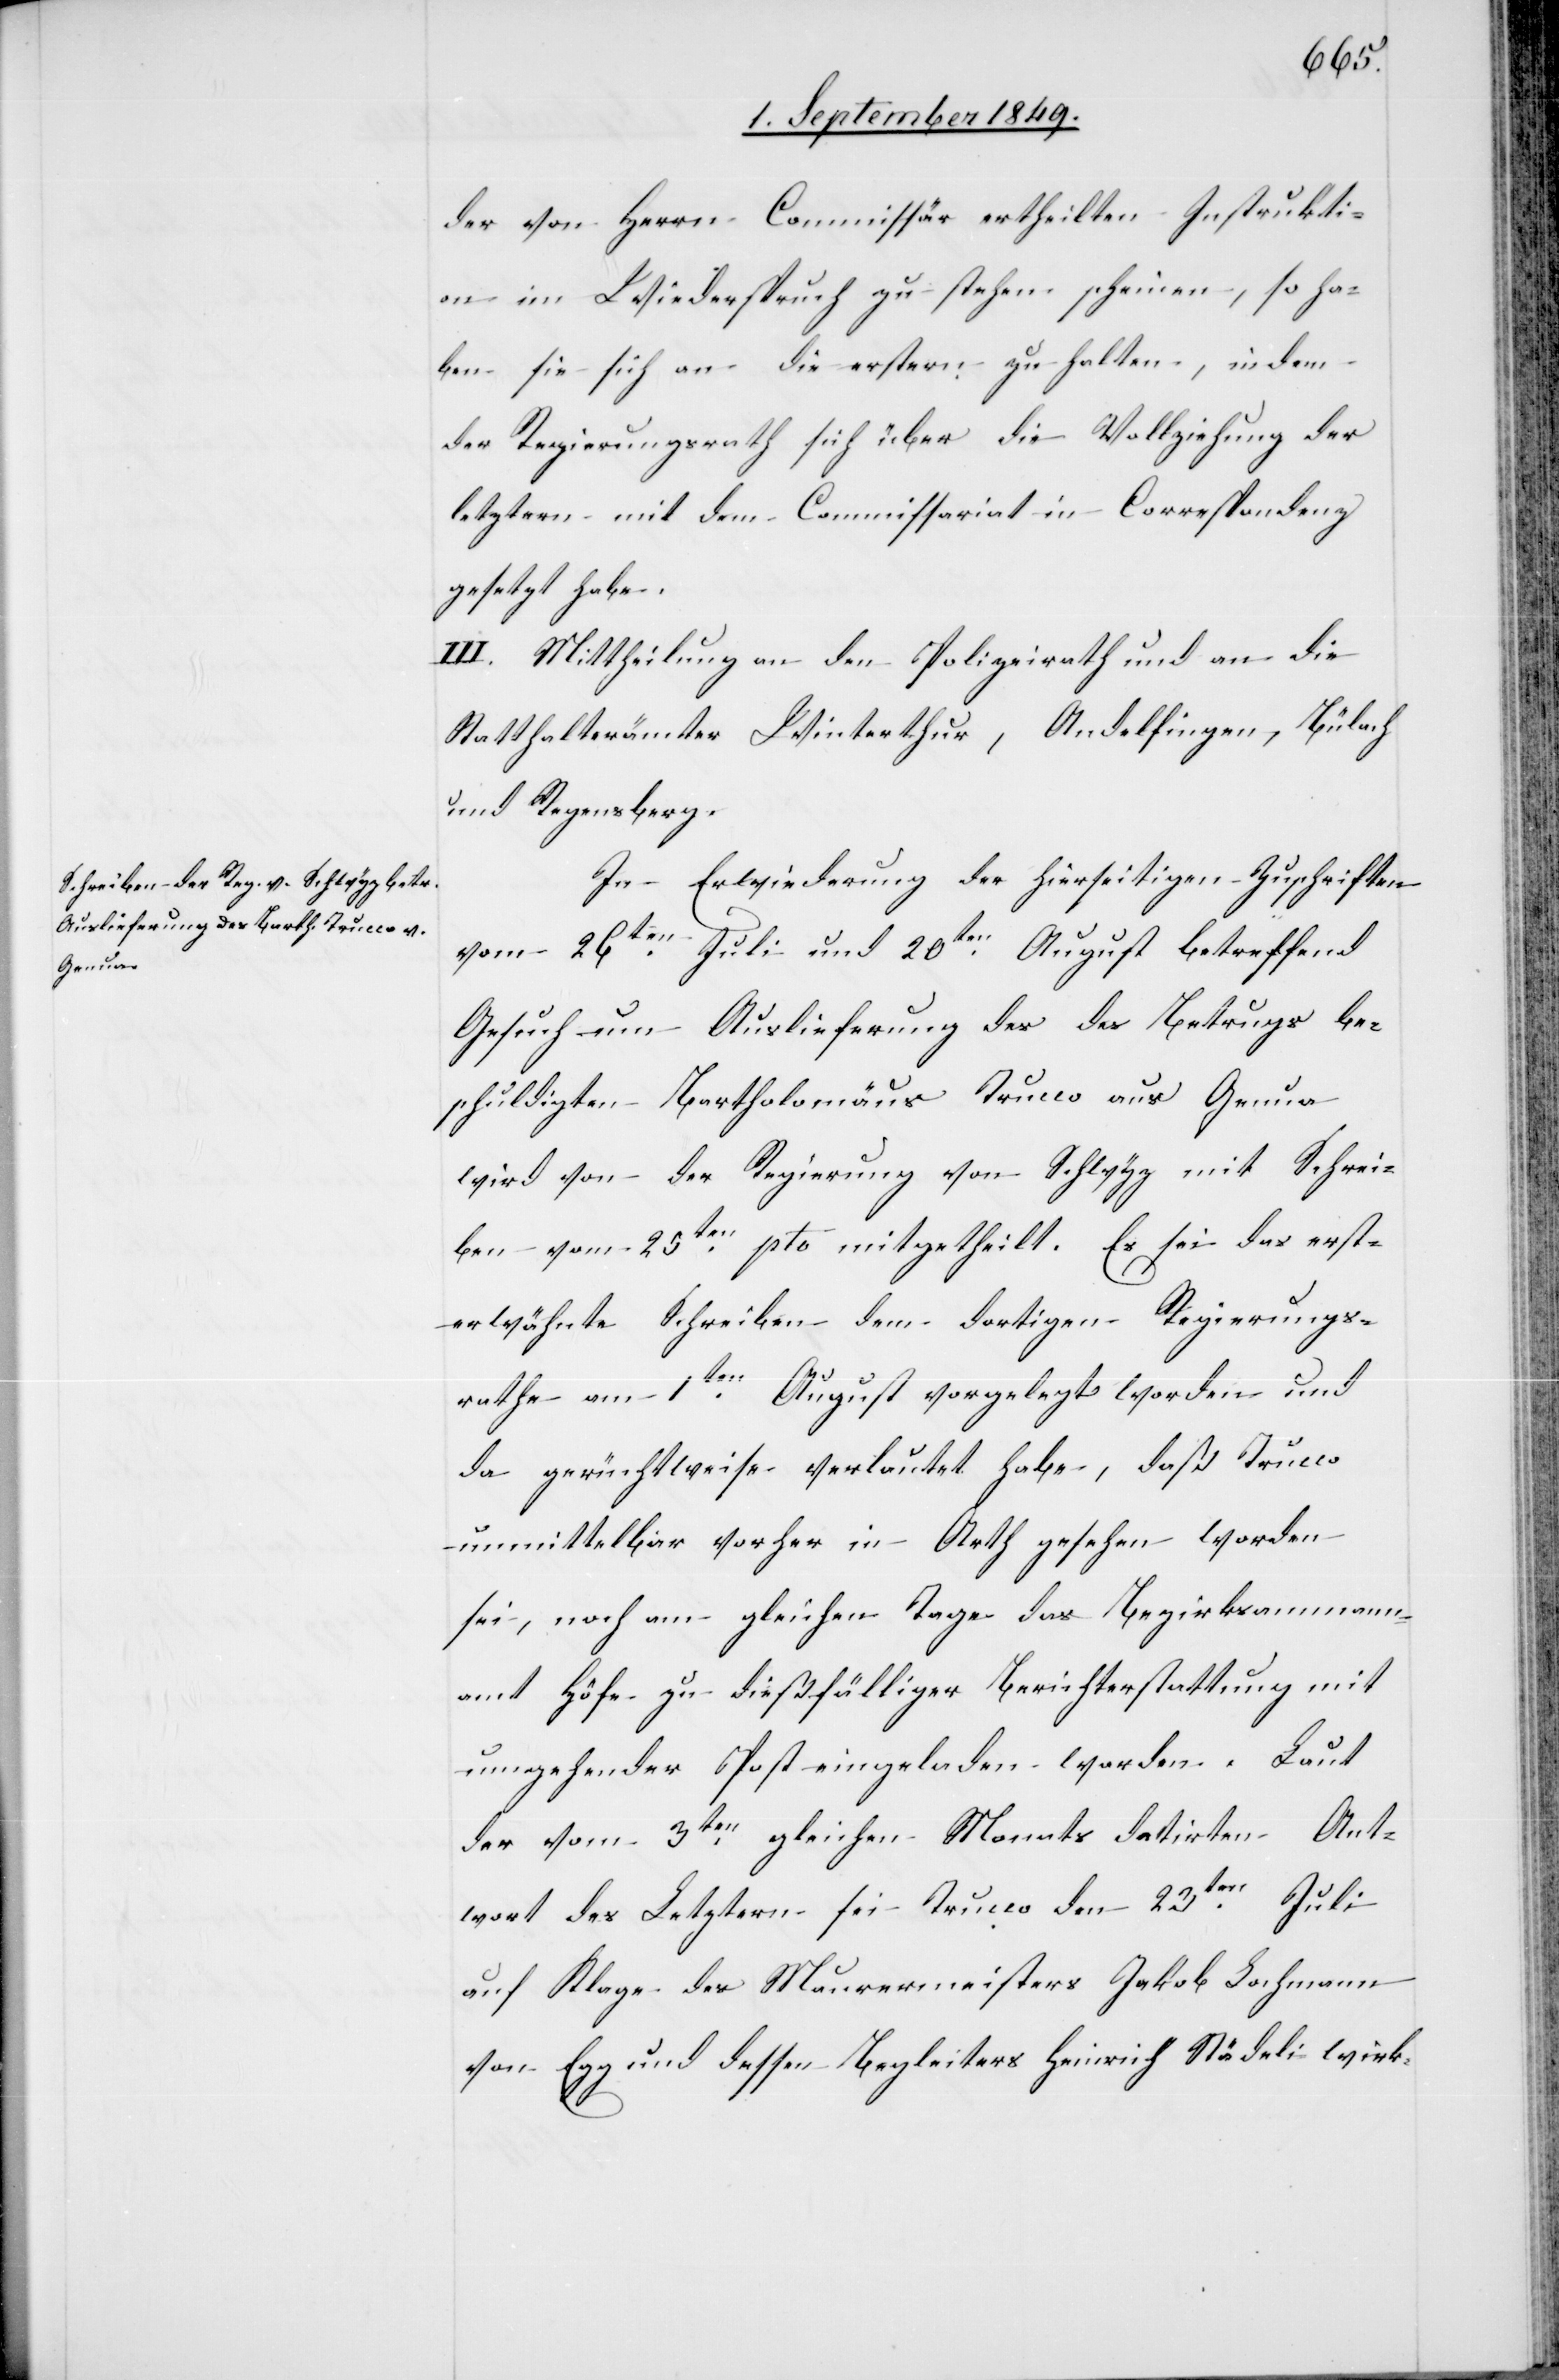
der von Herrn Commissär ertheilten Instrukti¬
on im Wiederspruch zu stehen scheinen, so ha¬
ben sie sich an die erstern zu halten, indem
der Regierungsrath sich über die Vollziehung der
letztern mit dem Commissariat in Correspondenz
gesetzt habe.
III. Mittheilung an den Polizeirath und an die
Statthalterämter Winterthur, Andelfingen, Bülach
und Regensberg.
In Erwiederung der hierseitigen Zuschriften
vom 26ten Juli und 20ten August betreffend
Gesuch um Auslieferung des des Betrugs be¬
schuldigten Bartholomäus Trucco aus Genua
wird von der Regierung von Schwyz mit Schrei¬
ben vom 25ten pto mitgetheilt. Es sei das erst¬
erwähnte Schreiben dem dortigen Regierungs¬
rathe am 1ten August vorgelegt worden und
da gerüchtweise verlautet habe, daß Trucco
unmittelbar vorher in Arth gesehen worden
sei, noch am gleichen Tage das Bezirksammann¬
amt Höfe zu dießfälliger Berichterstattung mit
umgehender Post eingeladen worden. Laut
der vom 3ten gleichen Monats datirten Ant¬
wort des Letztern sei Trucco den 23ten Juli
auf Klage des Maurermeisters Jakob Lochmann
von Egg und dessen Begleiters Heinrich Städeli wirk-